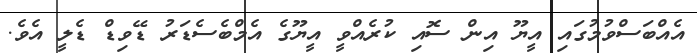
އެއްބަސްވުމުގައި އީޔޫ އިން ސޮއި ކުރެއްވީ އީޔޫގެ އެމްބެސެޑަރު ޑޭވިޑް ޑެލީ އެވެ.